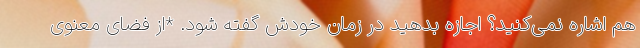
هم اشاره نمی‌کنید؟ اجازه بدهید در زمان خودش گفته شود. *از فضای معنوی